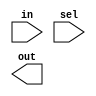
module decoder1 (in,sel,out);
input in;
input [1:0]sel;
output [3:0]out;

assign out[sel]=in;
endmodule